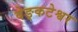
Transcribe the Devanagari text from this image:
वेङ्कटेश्वर